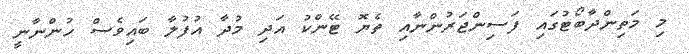
މި މަތިންދާބޯޓުގައި ފަސިންޖަރުންނާއި ތެޔޮ ޓޭންކު އަދި މުދާ އުފުލާ ބައިވެސް ހުންނާނީ